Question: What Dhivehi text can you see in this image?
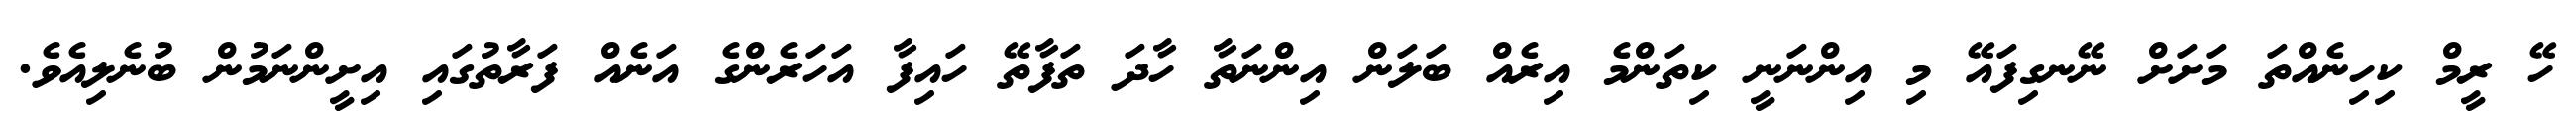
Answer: ހޭ ރީމް ކިހިނެއްތަ މަށަށް ނޭނގިފައޭ މި އިންނަނީ ކިތަންމެ އިރެއް ބަލަން އިންނަތާ ހާދަ ތަފާތޭ ހައިފާ އަހަރެންގެ އަނެއް ފަރާތުގައި އިށީންނަމުން ބުނެލިއެވެ.